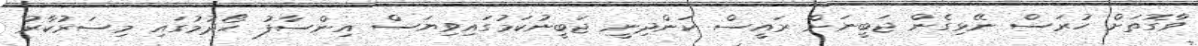
ވާގޮތަށް ހުރަސް ނޭޅިގެން ޖަބީނަށް ރައީސް ކަންދިނީ ޖަބީނުކަމުގައިވިޔަސް އިންސާފު ހޯދުމުގައި މިސަރުކާރު